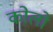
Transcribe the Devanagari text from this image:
कोलो